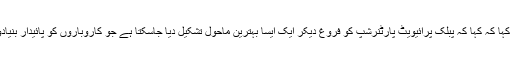
صدر ملک طاہر جاوید نے کہا کہ کہا کہ پبلک پرائیویٹ پارٹنرشپ کو فروغ دیکر ایک ایسا بہترین ماحول تشکیل دیا جاسکتا ہے جو کاروباروں کو پائیدار بنیادوں پر تیزی سے ترقی دے۔